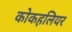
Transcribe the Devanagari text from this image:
कोकहलियर